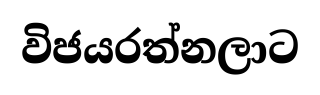
විජයරත්නලාට